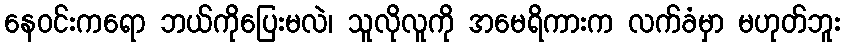
နေဝင်းကရော ဘယ်ကိုပြေးမလဲ၊ သူလိုလူကို အမေရိကားက လက်ခံမှာ မဟုတ်ဘူး